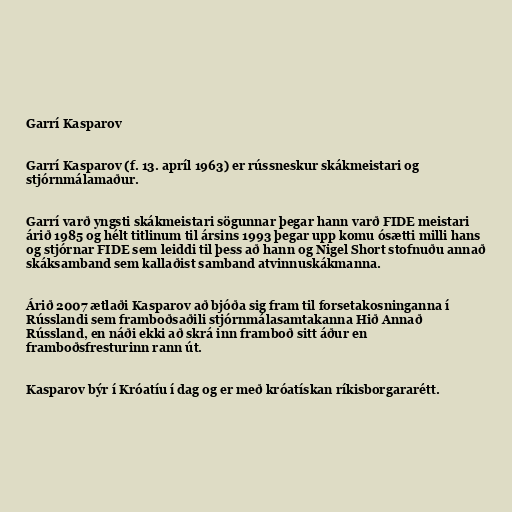
Garrí Kasparov

Garrí Kasparov (f. 13. apríl 1963) er rússneskur skákmeistari og
stjórnmálamaður.

Garrí varð yngsti skákmeistari sögunnar þegar hann varð FIDE meistari
árið 1985 og hélt titlinum til ársins 1993 þegar upp komu ósætti milli hans
og stjórnar FIDE sem leiddi til þess að hann og Nigel Short stofnuðu annað
skáksamband sem kallaðist samband atvinnuskákmanna.

Árið 2007 ætlaði Kasparov að bjóða sig fram til forsetakosninganna í
Rússlandi sem framboðsaðili stjórnmálasamtakanna Hið Annað
Rússland, en náði ekki að skrá inn framboð sitt áður en
framboðsfresturinn rann út.

Kasparov býr í Króatíu í dag og er með króatískan ríkisborgararétt.